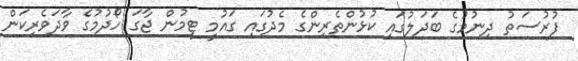
ފުރުސަތު ދިނުމުގެ ބަދަލުގައި ކުޅުންތެރިންގެ މެދުގައި ގައުމީ ޓީމުން ޖާގަ ހޯދުމުގެ ވާދަވެރިކަން